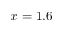
x = 1 . 6